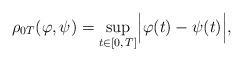
LaTeX: \begin{align*}\rho_{0T}(\varphi, \psi) =\sup_{t \in [0,\, T]} \Bigl\vert \varphi(t) - \psi(t) \Bigr\vert, \end{align*}